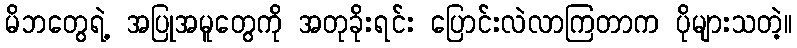
မိဘတွေရဲ့ အပြုအမူတွေကို အတုခိုးရင်း ပြောင်းလဲလာကြတာက ပိုများသတဲ့။